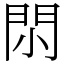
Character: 𨳒